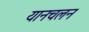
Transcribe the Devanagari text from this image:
यानचलन